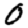
Digit: 0